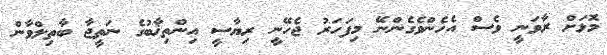
މޮޅަށް ރާވަނީ ވެސް އެހެންވެގެންނޭ މިފަހަރު ޖެހޭނީ ރިޔާސީ އިންތިޚާބުގެ ނަތީޖާ ބާތިލްވާން